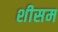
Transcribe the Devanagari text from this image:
शीसम